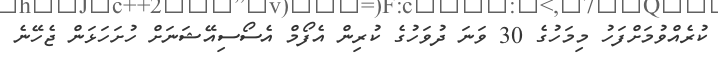
ކުރެއްވުމަށްފަހު މިމަހުގެ 30 ވަނަ ދުވަހުގެ ކުރިން އެފޯމް އެސޯސިއޭޝަނަށް ހުށަހަޅަން ޖެހޭނެ